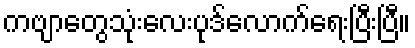
ကဗျာတွေသုံးလေးပုဒ်လောက်ရေးပြီးပြီ။